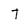
Character: t